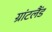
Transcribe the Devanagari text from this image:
ग्रांटलैंड